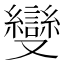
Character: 𠮓